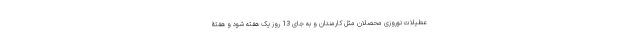
عطیلات نوروزی محصلان مثل کارمندان و به جای 13 روز یک هفته شود و هفتۀ